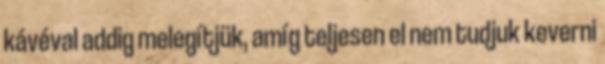
kávéval addig melegítjük, amíg teljesen el nem tudjuk keverni